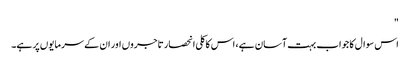
"
اس سوال کا جواب بہت آسان ہے، اس کا کلی انحصار تاجروں اور ان کے سرمایوں پر ہے۔